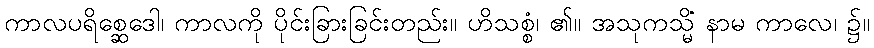
ကာလပရိစ္ဆေဒေါ၊ ကာလကို ပိုင်းခြားခြင်းတည်း။ ဟိသစ္စံ၊ ၏။ အသုကသ္မိံ နာမ ကာလေ၊ ၌။